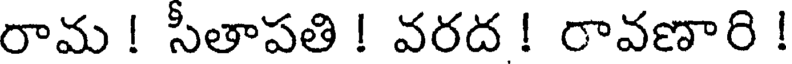
రామ ! సీతాపతి ! వరద ! రావణారి !